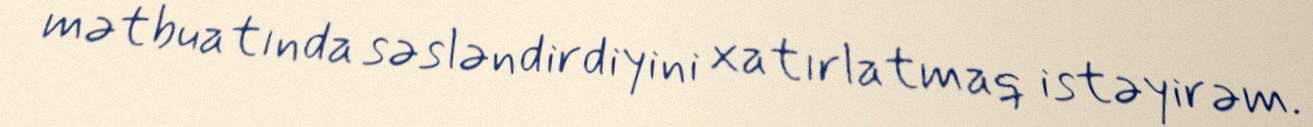
mətbuatında səsləndirdiyini xatırlatmaq istəyirəm.